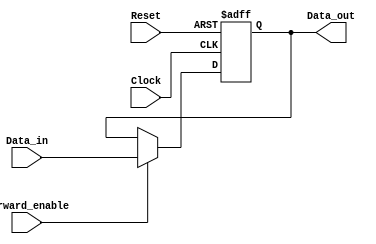
module ForwardingRegister (
    input wire [31:0] Data_in,       // Input data to be forwarded
    input wire Forward_enable,        // Control signal for forwarding
    input wire Clock,                 // Clock signal
    input wire Reset,                 // Asynchronous reset signal
    output reg [31:0] Data_out        // Output data
);

// Asynchronous reset and synchronous data storage
always @(posedge Clock or posedge Reset) begin
    if (Reset) begin
        Data_out <= 32'b0;           // Clear output on reset
    end else if (Forward_enable) begin
        Data_out <= Data_in;         // Forward data if enabled
    end
    // If Forward_enable is not asserted, Data_out retains its previous value
end

endmodule